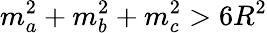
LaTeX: m_{a}^{2}+m_{b}^{2}+m_{c}^{2}>6R^{2}